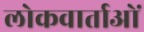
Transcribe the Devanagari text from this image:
लोकवार्ताओं